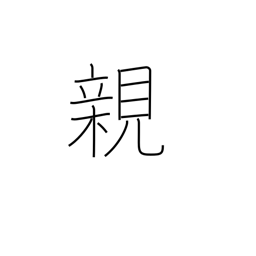
Meaning: parent